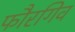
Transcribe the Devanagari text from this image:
फौरगिव